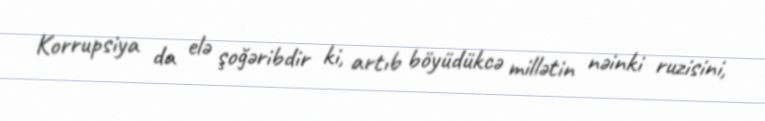
Korrupsiya da elə şoğəribdir ki, artıb böyüdükcə millətin nəinki ruzisini,